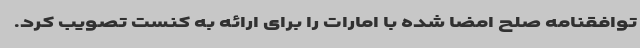
توافقنامه صلح امضا شده با امارات را برای ارائه به کنست تصویب کرد.